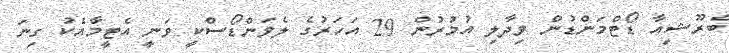
ބްރޫޝިއާ ޑޯޓްމަންޑުން ވިދާލި އުމުރުން 29 އަހަރުގެ ލެވަންޑޯސްކީ ވަނީ އެޓީމާއެކު ގިނަ